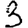
Digit: 3